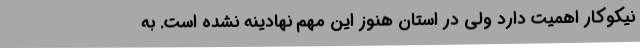
نیکوکار اهمیت دارد ولی در استان هنوز این مهم نهادینه نشده است. به